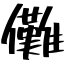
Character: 儺